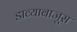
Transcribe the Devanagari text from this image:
डाव्याबाजूस